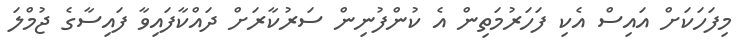
މިފަހަކަށް އައިސް އެކި ފަހަރުމަތިން އެ ކުންފުނިން ސަރުކާރަށް ދައްކާފައިވާ ފައިސާގެ ޖުމްލަ